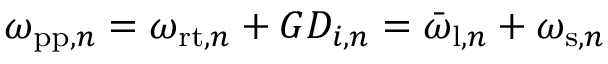
\omega _ { \mathrm { p p } , n } = \omega _ { \mathrm { r t } , n } + G D _ { i , n } = \bar { \omega } _ { \mathrm { l } , n } + \omega _ { \mathrm { s } , n }